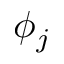
\phi _ { j }